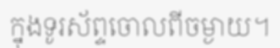
ក្នុងទូរស័ព្ទចោលពីចម្ងាយ។